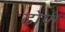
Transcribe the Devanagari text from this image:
ढ़ोणे